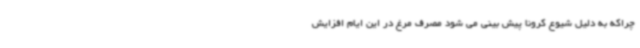
چراکه به دلیل شیوع کرونا پیش بینی می شود مصرف مرغ در این ایام افزایش